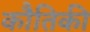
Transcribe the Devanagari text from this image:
कौतिकी